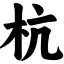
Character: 杭